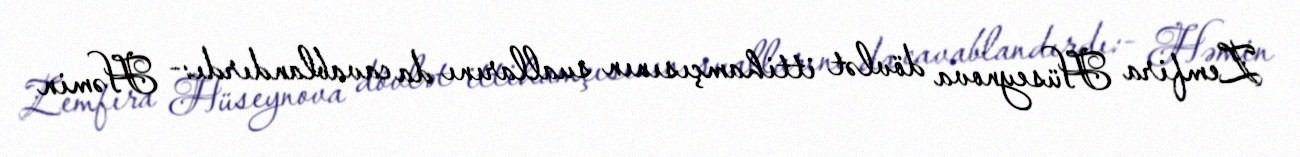
Zemfira Hüseynova dövlət ittihamçısının suallarını da cavablandırdı:- Həmin